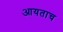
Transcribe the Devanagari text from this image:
आयताच